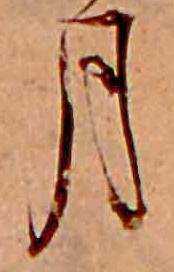
月